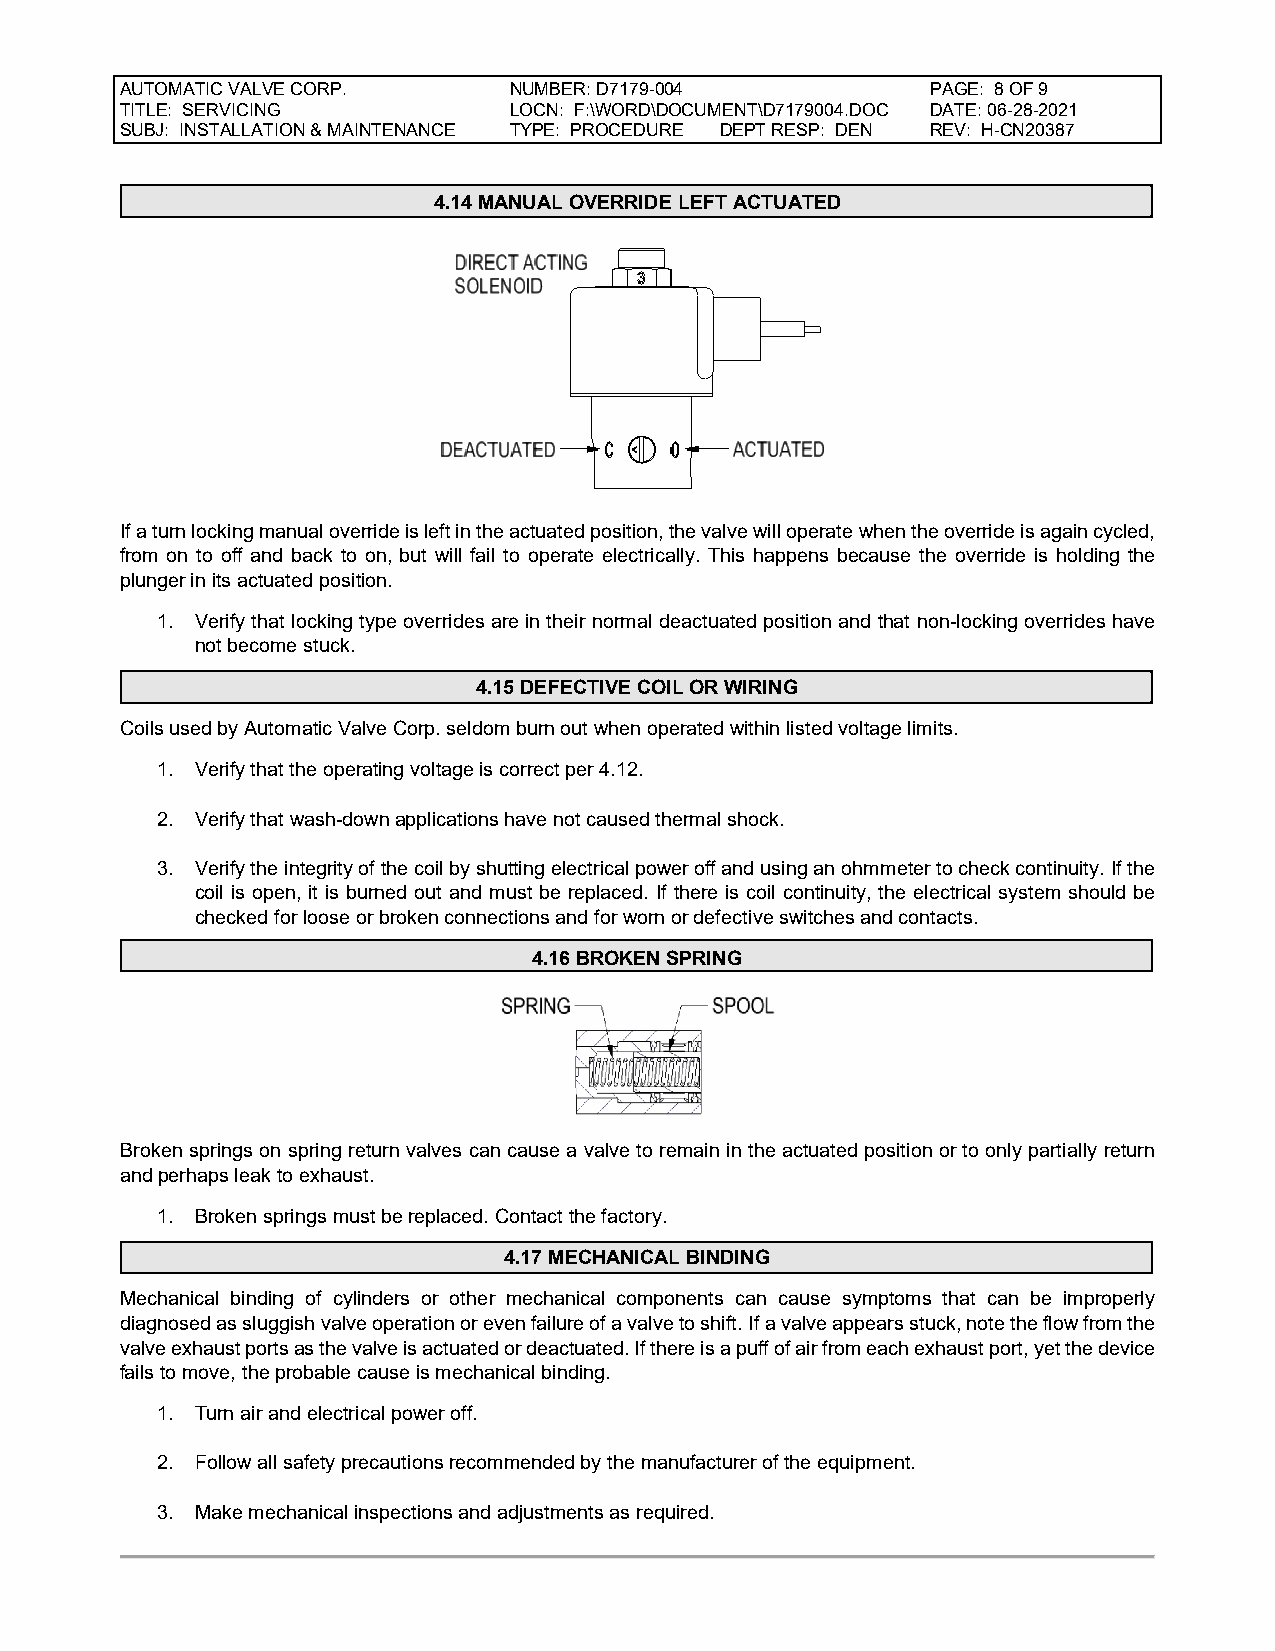
AUTOMATIC VALVE CORP.     NUMBER: D7179-004           PAGE: 8 OF 9
 TITLE: SERVICING          LOCN: F:\WORD\DOCUMENT\D7179004.DOC DATE: 06-28-2021
 SUBJ: INSTALLATION & MAINTENANCE TYPE: PROCEDURE DEPT RESP: DEN REV: H-CN20387
 4.14 MANUAL OVERRIDE LEFT ACTUATED
 If a turn locking manual override is left in the actuated position, the valve will operate when the override is again cycled,
 from on to off and back to on, but will fail to operate electrically. This happens because the override is holding the
 plunger in its actuated position.
 1. Verify that locking type overrides are in their normal deactuated position and that non-locking overrides have
 not become stuck.
 4.15 DEFECTIVE COIL OR WIRING
 Coils used by Automatic Valve Corp. seldom burn out when operated within listed voltage limits.
 1. Verify that the operating voltage is correct per 4.12.
 2. Verify that wash-down applications have not caused thermal shock.
 3. Verify the integrity of the coil by shutting electrical power off and using an ohmmeter to check continuity. If the
 coil is open, it is burned out and must be replaced. If there is coil continuity, the electrical system should be
 checked for loose or broken connections and for worn or defective switches and contacts.
 4.16 BROKEN SPRING
 Broken springs on spring return valves can cause a valve to remain in the actuated position or to only partially return
 and perhaps leak to exhaust.
 1. Broken springs must be replaced. Contact the factory.
 4.17 MECHANICAL BINDING
 Mechanical binding of cylinders or other mechanical components can cause symptoms that can be improperly
 diagnosed as sluggish valve operation or even failure of a valve to shift. If a valve appears stuck, note the flow from the
 valve exhaust ports as the valve is actuated or deactuated. If there is a puff of air from each exhaust port, yet the device
 fails to move, the probable cause is mechanical binding.
 1. Turn air and electrical power off.
 2. Follow all safety precautions recommended by the manufacturer of the equipment.
 3. Make mechanical inspections and adjustments as required.